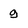
Character: g